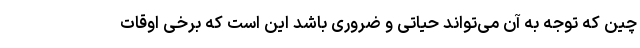
چین که توجه به آن می‌تواند حیاتی و ضروری باشد این است که برخی اوقات